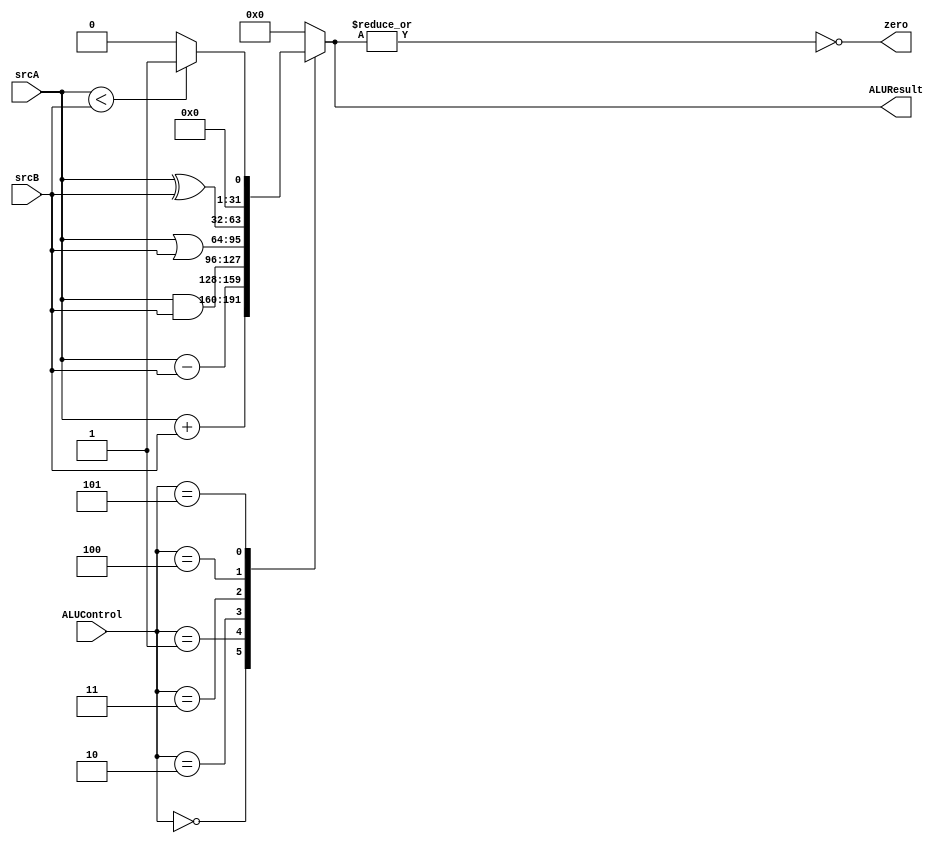
module ALU (input signed[31:0]srcA, srcB, input[2:0] ALUControl,output reg[31:0] ALUResult,output zero);
    assign zero = ~|ALUResult;
    always @(srcA, srcB,ALUControl) begin
        case (ALUControl)
            3'b000:  ALUResult = srcA + srcB;
            3'b001:  ALUResult = srcA - srcB;
            3'b010:  ALUResult = srcA & srcB;
            3'b011:  ALUResult = srcA | srcB;
	    3'b100:  ALUResult = srcA ^ srcB;
            3'b101:  ALUResult = srcA < srcB ? 1 : 0;
            default: ALUResult = {32{1'b0}};
        endcase
    end
endmodule